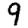
Digit: 9